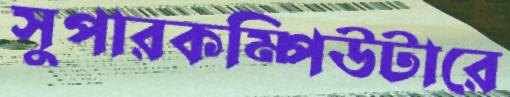
সুপারকম্পিউটারে